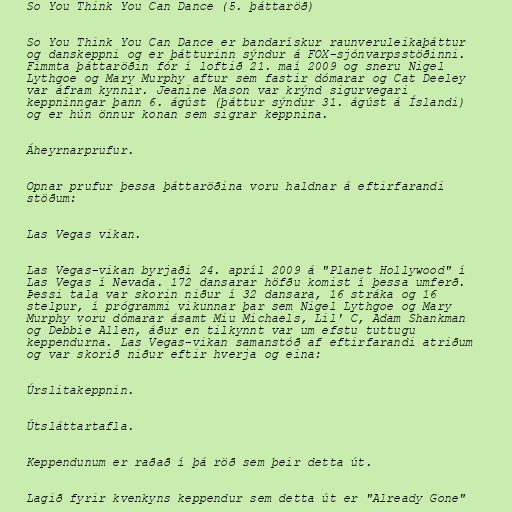
So You Think You Can Dance (5. þáttaröð)

So You Think You Can Dance er bandarískur raunveruleikaþáttur
og danskeppni og er þátturinn sýndur á FOX-sjónvarpsstöðinni.
Fimmta þáttaröðin fór í loftið 21. maí 2009 og sneru Nigel
Lythgoe og Mary Murphy aftur sem fastir dómarar og Cat Deeley
var áfram kynnir. Jeanine Mason var krýnd sigurvegari
keppninngar þann 6. ágúst (þáttur sýndur 31. ágúst á Íslandi)
og er hún önnur konan sem sigrar keppnina.

Áheyrnarprufur.

Opnar prufur þessa þáttaröðina voru haldnar á eftirfarandi
stöðum:

Las Vegas vikan.

Las Vegas-vikan byrjaði 24. apríl 2009 á "Planet Hollywood" í
Las Vegas í Nevada. 172 dansarar höfðu komist í þessa umferð.
Þessi tala var skorin niður í 32 dansara, 16 stráka og 16
stelpur, í prógrammi vikunnar þar sem Nigel Lythgoe og Mary
Murphy voru dómarar ásamt Miu Michaels, Lil' C, Adam Shankman
og Debbie Allen, áður en tilkynnt var um efstu tuttugu
keppendurna. Las Vegas-vikan samanstóð af eftirfarandi atriðum
og var skorið niður eftir hverja og eina:

Úrslitakeppnin.

Útsláttartafla.

Keppendunum er raðað í þá röð sem þeir detta út.

Lagið fyrir kvenkyns keppendur sem detta út er "Already Gone"